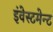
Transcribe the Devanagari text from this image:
इंवेस्टमेन्ट